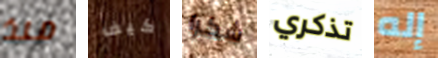
منذ كيف شكرا تذكري إله